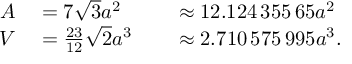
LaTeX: \begin{array} { r l r l } { A } & { { } = 7 { \sqrt { 3 } } a ^ { 2 } } & { } & { { } \approx 1 2 . 1 2 4 \, 3 5 5 \, 6 5 a ^ { 2 } } \\ { V } & { { } = { \frac { 2 3 } { 1 2 } } { \sqrt { 2 } } a ^ { 3 } } & { } & { { } \approx 2 . 7 1 0 \, 5 7 5 \, 9 9 5 a ^ { 3 } . } \end{array}